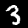
Label: 3